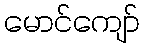
မောင်ကျော်